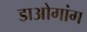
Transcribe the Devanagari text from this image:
डाओगांग